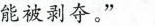
能被剥夺。”